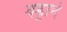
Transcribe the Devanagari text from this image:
वड्राचे